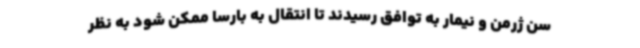
سن ژرمن و نیمار به توافق رسیدند تا انتقال به بارسا ممکن شود به نظر